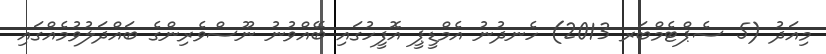
މިއަދު (5 ސެޕްޓެމްބަރ 2013) ހެނދުނު އެމްޑީޕީ އޮފީހުގައި ބޭއްވުނު ނޫސްވެރިންގެ ބައްދަލުވުމެއްގައި